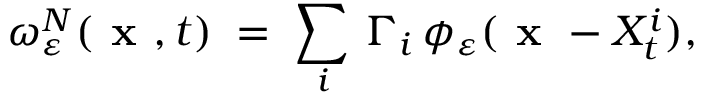
\omega _ { \varepsilon } ^ { N } ( \textbf { x } , t ) \; = \; \sum _ { i } \, \Gamma _ { i } \, \phi _ { \varepsilon } ( \textbf { x } - X _ { t } ^ { i } ) ,